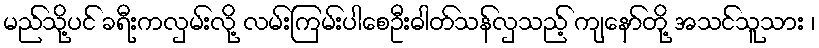
မည်သို့ပင် ခရီးကလှမ်းလို့ လမ်းကြမ်းပါစေဦးဓါတ်သန်လှသည့် ကျနော်တို့ အသင်သူသား ၊